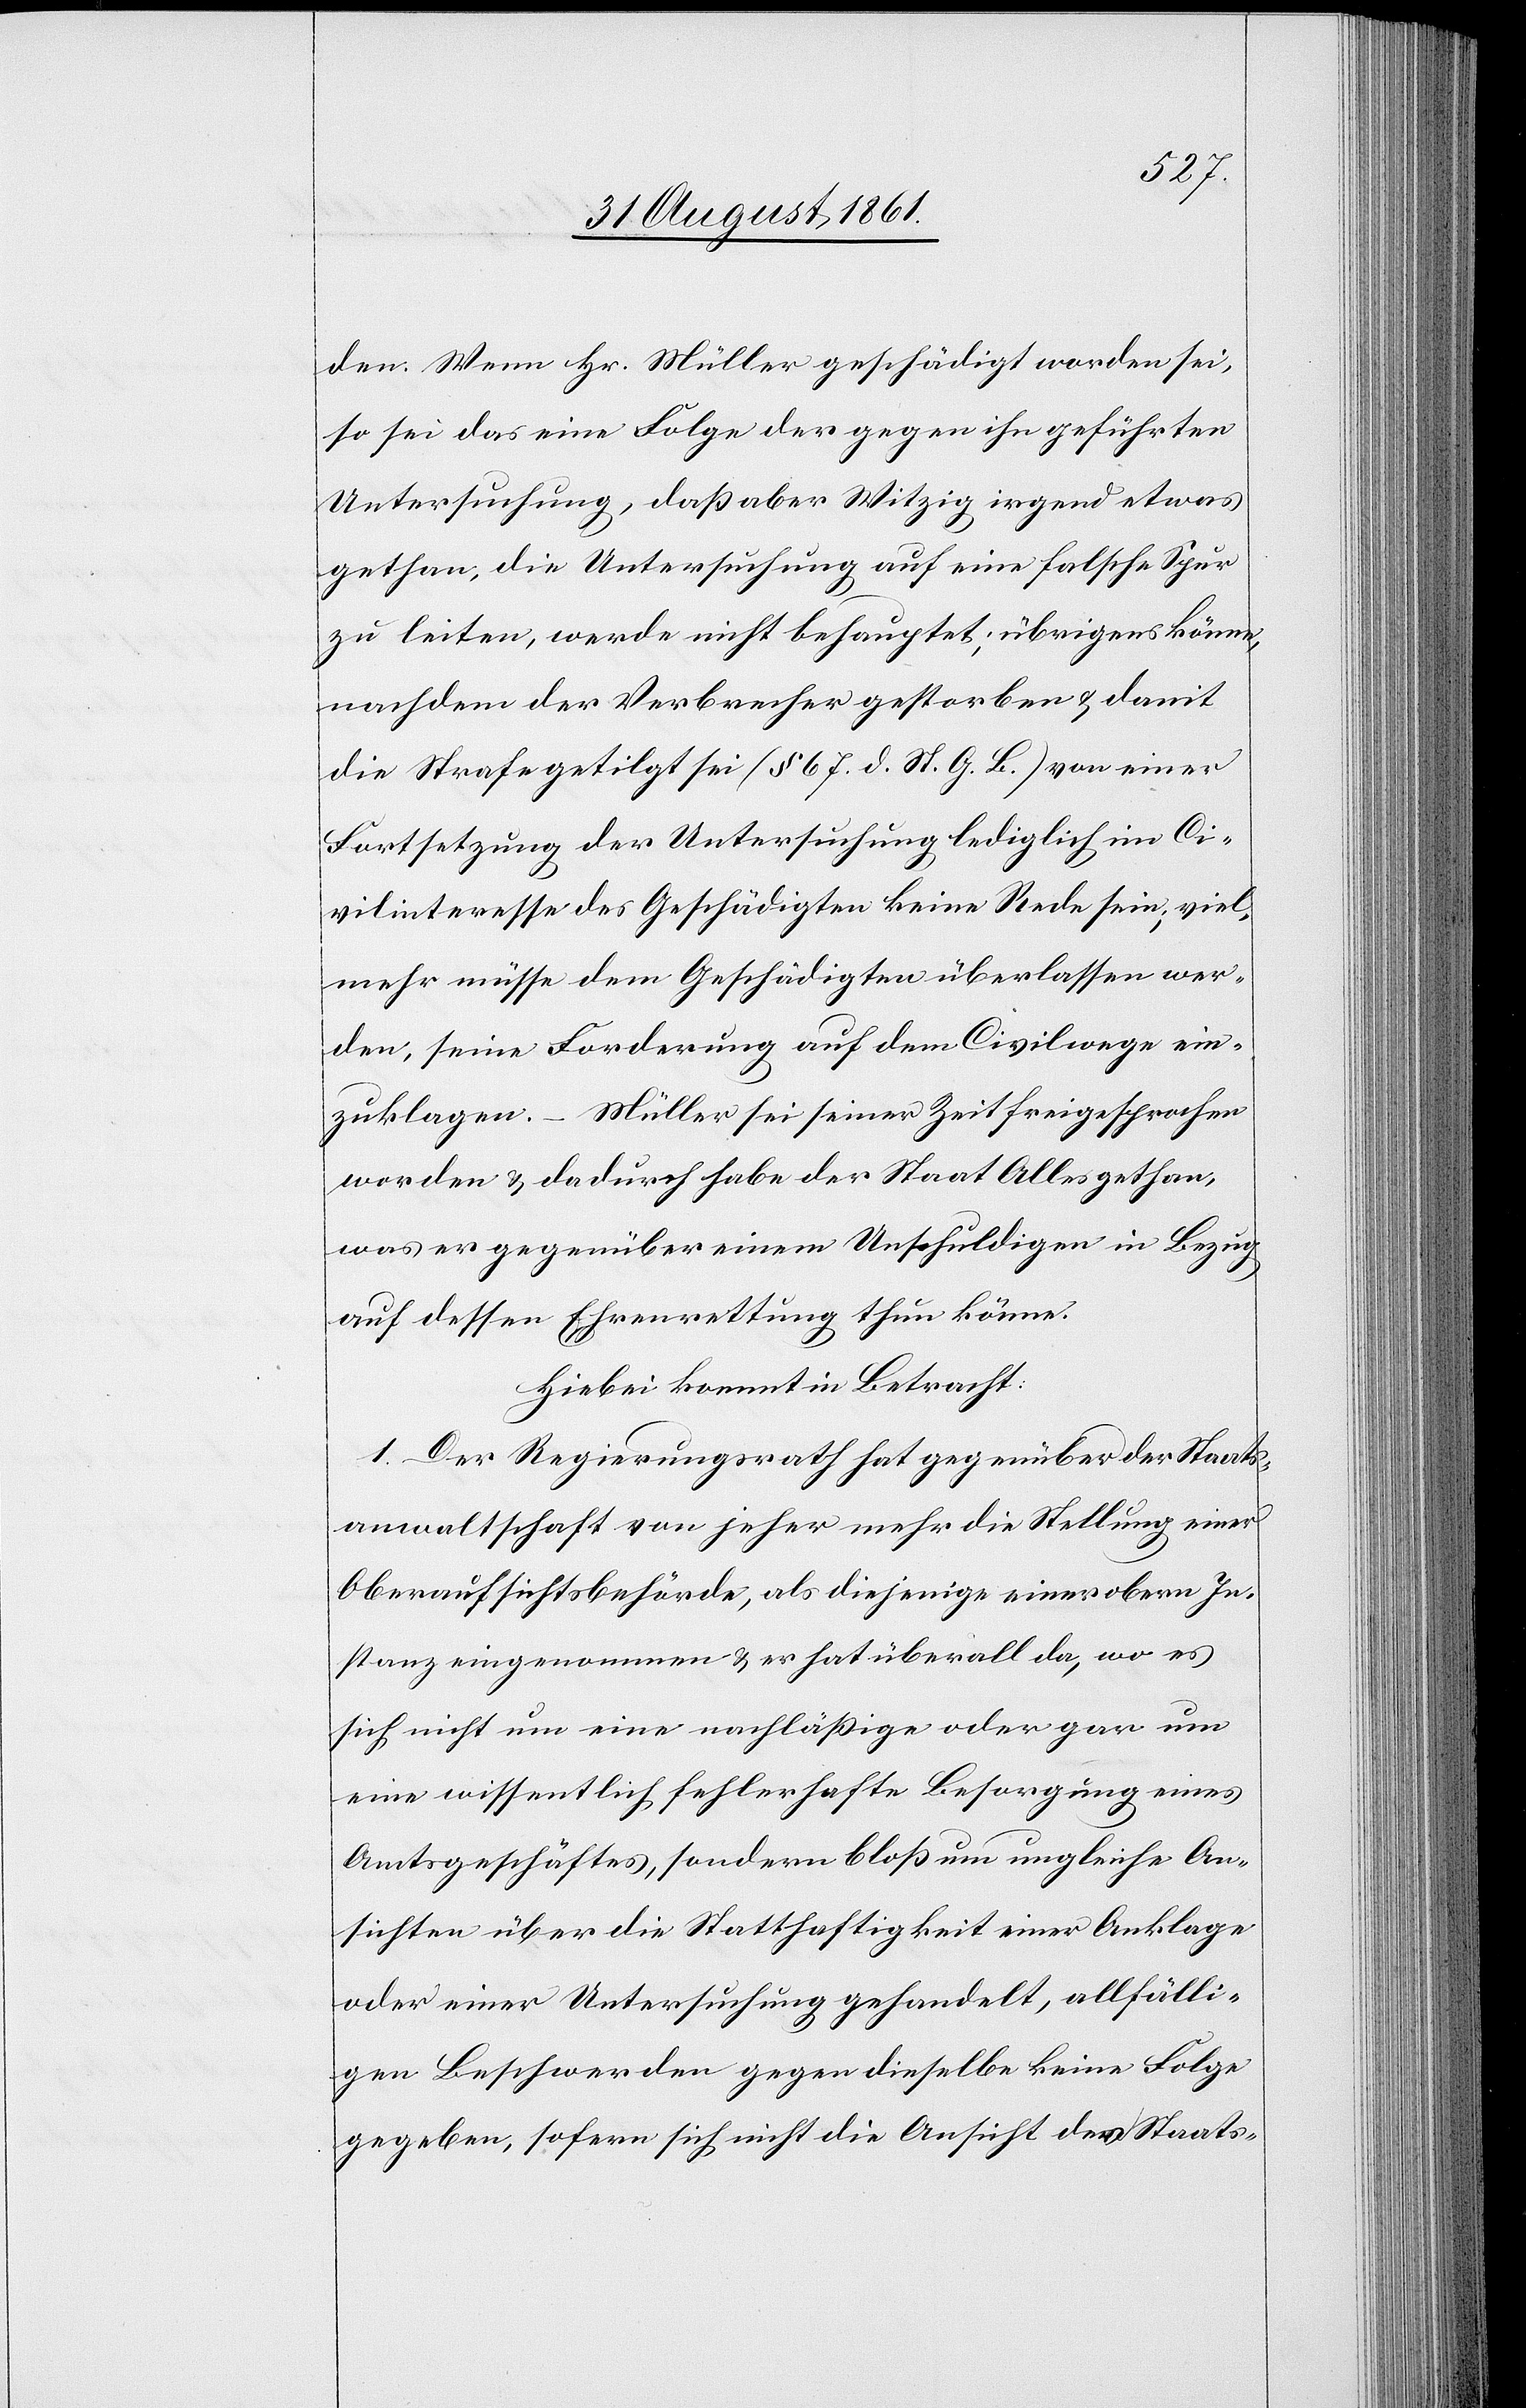
den. Wenn Hr. Müller geschädigt worden sei,
so sei das eine Folge der gegen ihn geführten
Untersuchung, daß aber Witzig irgend etwas
gethan, die Untersuchung auf eine falsche Spur
zu leiten, werde nicht behauptet; übrigens könne,
nachdem der Verbrecher gestorben u. damit
die Strafe getilgt sei (§ 67. d. St. G. B.) von einer
Fortsetzung der Untersuchung lediglich im Ci¬
vilinteresse des Geschädigten keine Rede sein; viel¬
mehr müsse dem Geschädigten überlassen wer¬
den, seine Forderung auf dem Civilwege ein¬
zuklagen. – Müller sei seiner Zeit freigesprochen
worden u. dadurch habe der Staat Alles gethan,
was er gegenüber einem Unschuldigen in Bezug
auf dessen Ehrenrettung thun könne.
Hiebei kommt in Betracht:
1. Der Regierungsrath hat gegenüber der Staats¬
anwaltschaft von jeher mehr die Stellung einer
Oberaufsichtsbehörde, als diejenige einer obern In¬
stanz eingenommen u. er hat überall da, wo es
sich nicht um eine nachläßige oder gar um
eine wissentlich fehlerhafte Besorgung eines
Amtsgeschäftes, sondern bloß um ungleiche An¬
sichten über die Statthaftigkeit einer Anklage
oder einer Untersuchung gehandelt, allfälli¬
gen Beschwerden gegen dieselbe keine Folge
gegeben, sofern sich nicht die Ansicht der Staats-